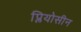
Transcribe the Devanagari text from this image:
प्लियोसीन